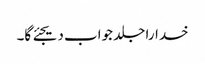
خدارا جلد جواب دیجئے گا۔